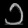
Digit: ၁